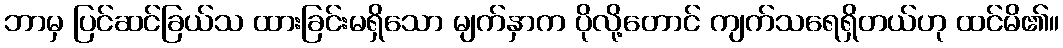
ဘာမှ ပြင်ဆင်ခြယ်သ ထားခြင်းမရှိသော မျက်နှာက ပိုလို့တောင် ကျက်သရေရှိတယ်ဟု ထင်မိ၏။